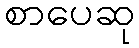
စာပေဆု